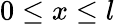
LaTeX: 0\leq x\leq l